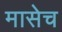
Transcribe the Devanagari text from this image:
मासेच